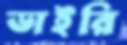
ডাইরি